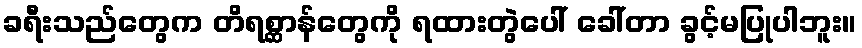
ခရီးသည်တွေက တိရစ္ဆာန်တွေကို ရထားတွဲပေါ် ခေါ်တာ ခွင့်မပြုပါဘူး။